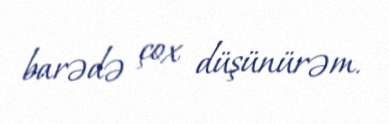
barədə çox düşünürəm.